Report of the Hyderabad Chloroform Commission
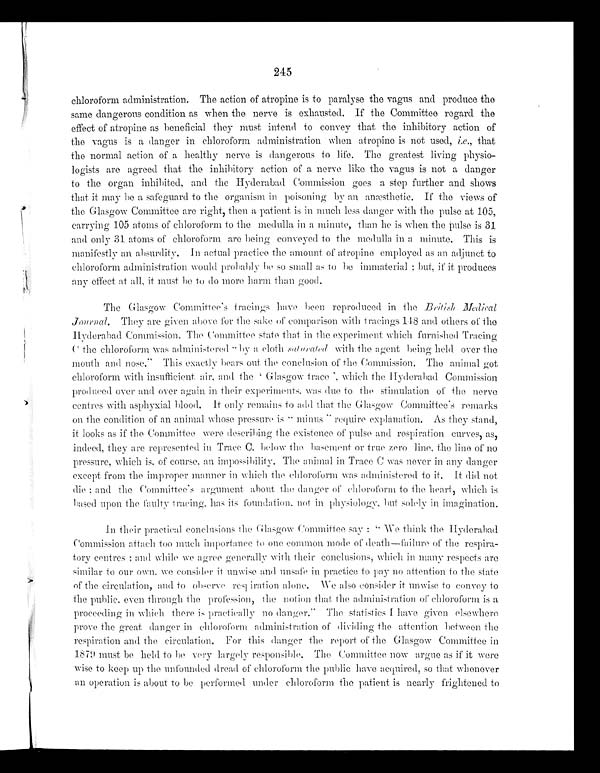
245
chloroform administration. The action of atropine is to paralyse the vagus and produce the
same dangerous condition as when the nerve is exhausted. If the Committee regard the
effect of atropine as beneficial they must intend to convey that the inhibitory action of
the vagus is a danger in chloroform administration when atropine is not used, i.e. , that
the normal action of a healthy nerve is dangerous to life. The greatest living physio-
logists are agreed that the inhibitory action of a nerve like the vagus is not a danger
to the organ inhibited, and the Hyderabad Commission goes a step further and shows
that it may be a safeguard to the organism in poisoning by an anæsthetic. If the views of
the Glasgow Committee are right, then a patient is in much less danger with the pulse at 105,
carrying 105 atoms of chloroform to the medulla in a minute, than he is when the pulse is 31
and only 31 atoms of chloroform are being conveyed to the medulla in a minute. This is
manifestly an absurdity. In actual practice the amount of atropine employed as an adjunct to
chloroform administration would probably be so small as to be immaterial; but, if it produces
any effects at all, it must be to do more harm than good.
The Glasgow Committee's tracings have been reproduced in the
Bri ti sh Medi cal Journal. They are given above for the sake of comparison with tracings 148 and others of the
Hyderabad Commission. The Committee state that in the experiment which furnished Tracing
C the chloroform was administered "by a cloth saturated with the agent being held over the
mouth and nose." This exactly bears out the conclusion of the Commission. The animal got
chl oroform wi th i nsuffi ci ent ai r, and the ' Gl asgow trace' , whi ch the Hyderabad Commi ssi on
produced over and over again in their experiments, was due to the stimulation of the nerve
centres with asphyxial blood. It only remains to add that the Glasgow Committee's remarks
on the condition of an animal whose pressure is "minus" require explanation. As they stand,
it looks as if the Committee were describing the existence of pulse and respiration curves, as,
indeed, they are represented in Trace C, below the basement or true zero line, the line of no
pressure, which is, of course, an impossibility. T h e
a n i m a l i n T r a c e C w a s n e v e r i n a n y d a n g e r
except from the improper manner in which the chloroforms was administered to it. It did not
die; and the Committee's argument about the danger of chloroform to the heart, which is
based upon the faulty tracing, has its foundation, not in physiology, but solely in imagination.
In their practical conclusions the Glasgow Committee say: "We think the Hyderabad
Commission attach too much importance to one common mode of death—failure of the respira-
-tory centres; and while we agree generally with their conclusions, which in many respects are
similar to our own, we consider it unwise and unsafe in practice to pay no attention to the state
of the circulation, and to observe respiration alone. We also consider it unwise to convey to
the publics, even thorough the profession, the notion that the administrations of chloroform is a
proceeding in which there is practically no danger." The statistics I have given elsewhere
prove the great danger in chloroform administration of dividing the attention between the
respiration and the circulation. For this danger the report of the Glasgow Committee in
1879 must be held to be very largely responsible. The Committee now argue as if it were
wise to keep up the unfounded dread of chloroform the public have acquired, so that whenever
an operation is about to be performed under chloroform the patient is nearly frightened to